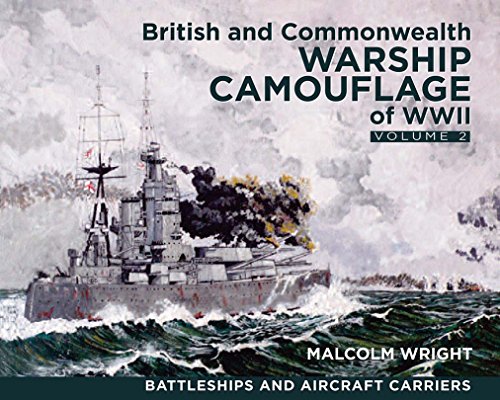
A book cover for British and Commonwealth Warship Camouflage of WWII: Volume II: Battleships & Aircraft Carriers; Malcolm George Wright; Engineering & Transportation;